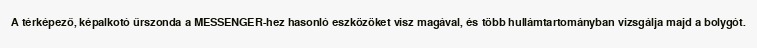
A térképező, képalkotó űrszonda a MESSENGER-hez hasonló eszközöket visz magával, és több hullámtartományban vizsgálja majd a bolygót.